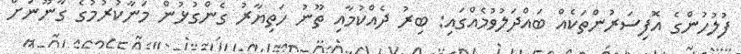
ފުލުހުންގެ އޮފިސަރުންތަކެއް ބައްދަލުވުމެއްގައި: ބިރު ދެއްކުމާއި ތޫނު ހަތިޔާރު ގެންގުޅުން މަނާކުރުމުގެ ގާނޫނަށް